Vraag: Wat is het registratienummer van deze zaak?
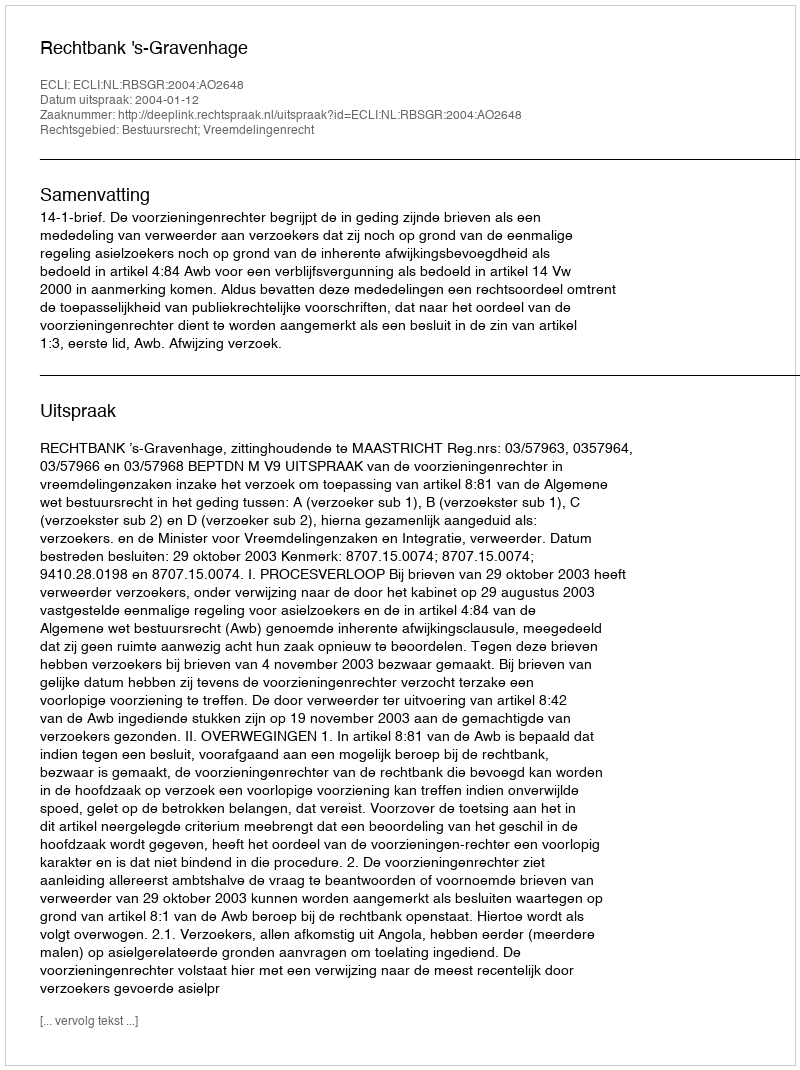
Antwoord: http://deeplink.rechtspraak.nl/uitspraak?id=ECLI:NL:RBSGR:2004:AO2648